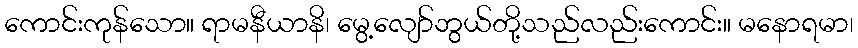
ကောင်းကုန်သော။ ရာမနီယာနိ၊ မွေ့လျော်ဘွယ်တို့သည်လည်းကောင်း။ မနောရမာ၊